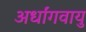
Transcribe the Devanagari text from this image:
अर्धांगवायु